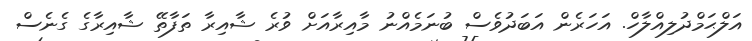
އަލްޙަމްދުލިއްލާހް. އަހަރެން އަބަދުވެސް ބުނަމެއްނު މާއިރާއަށް ވުރެ ޝާއިރާ ތަފާތޭ ޝާއިރާގެ ގެނެސް